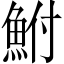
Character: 鮒